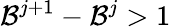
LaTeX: \mathcal{B}^{j+1}-\mathcal{B}^{j}>1